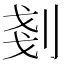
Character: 剗